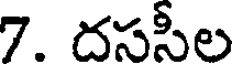
7. దససీల